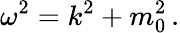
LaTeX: \omega^{2}=k^{2}+m_{0}^{2}\, .